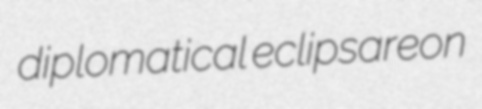
diplomatical eclipsareon